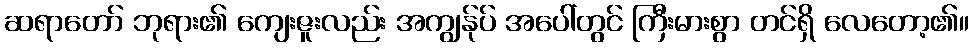
ဆရာတော် ဘုရား၏ ကျေးဇူးလည်း အကျွန်ုပ် အပေါ်တွင် ကြီးမားစွာ တင်ရှိ လေတော့၏။